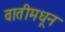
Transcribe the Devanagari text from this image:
वातीमधून